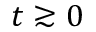
t \gtrsim 0